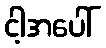
ငါ့အပေါ်